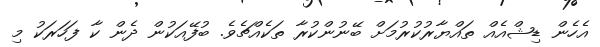
އެހެން ޑިޝްއެއް ތައްޔާރުކުރުމަށް ބޭނުންކުރާ ތަކެއްޗެވެ. ބުފޭއަކުން ދެން ކާ ފަހަރަކު މި